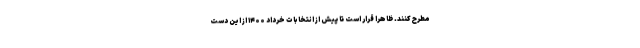
مطرح کنند. ظاهرا قرار است تا پیش از انتخابات خرداد ۱۴۰۰ از این دست